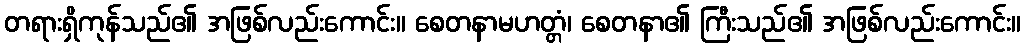
တရားရှိကုန်သည်၏ အဖြစ်လည်းကောင်း။ စေတနာမဟတ္တံ၊ စေတနာ၏ ကြီးသည်၏ အဖြစ်လည်းကောင်း။